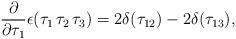
LaTeX: \begin{align*}\frac{\partial}{\partial \tau_1}\epsilon(\tau_1\,\tau_2\,\tau_3)=2\delta(\tau_{12})-2\delta(\tau_{13}),\end{align*}